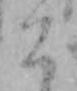
こ